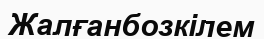
Жалғанбозкілем